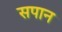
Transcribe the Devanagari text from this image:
सपान